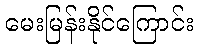
မေးမြန်းနိုင်ကြောင်း